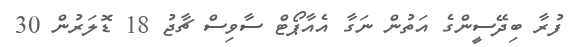
ފުރާ ބިދޭސީންގެ އަތުން ނަގާ އެއާޕޯޓް ސާވިސް ޗާޖު 18 ޑޮލަރުން 30